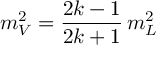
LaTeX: m _ { V } ^ { 2 } = { \frac { 2 k - 1 } { 2 k + 1 } } \, m _ { L } ^ { 2 }